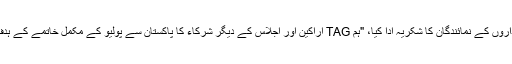
اجلاس کو سمیٹتے ہوئے، وفاقی سیکرٹری برائے امور صحت، ایوب شیخ نے TAG کے اراکین اور شراکتی اداروں کے نمائندگان کا شکریہ ادا کیا، "ہم TAG اراکین اور اجلاس کے دیگر شرکاء کا پاکستان سے پولیو کے مکمل خاتمے کے ہدف کے حصول کے لیے صلاحیتوں اور اس حوالے سے علمی معلومات کے تبادلے کے لیے انتہائی مشکور ہیں۔